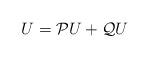
LaTeX: \begin{align*}U=\mathcal{P}U+\mathcal{Q}U \end{align*}